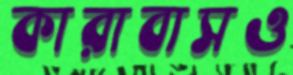
কারাবাসও